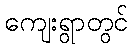
ကျေးရွာတွင်